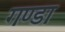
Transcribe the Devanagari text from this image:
गण्डा